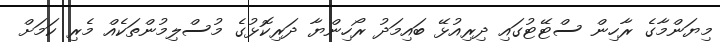
މިޔަންމާގެ ރާހިން ސްޓޭޓުގައި ދިރިއުޅޭ ބައިމަދު ރޯހިންޔާ ދަރިކޮޅުގެ މުސްލިމުންތަކެއް މެރި ކަމަށް